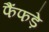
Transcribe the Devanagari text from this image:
फैंफड़े